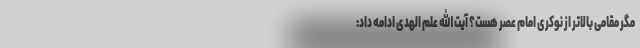
مگر مقامی بالاتر از نوکری امام عصر هست؟ آیت الله علم الهدی ادامه داد: